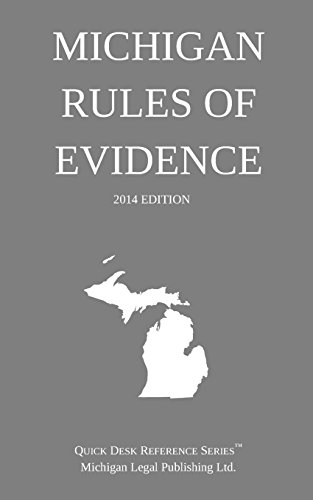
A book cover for Michigan Rules of Evidence: Quick Desk Reference Series; 2014 Edition; Michigan Legal Publishing Ltd.; Law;